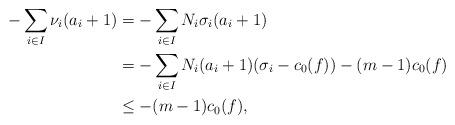
LaTeX: \begin{align*}-\sum_{i\in I}\nu_{i}(a_{i}+1)&=-\sum_{i\in I}N_{i}\sigma_{i}(a_{i}+1)\\&=-\sum_{i\in I}N_{i}(a_{i}+1)(\sigma_{i}-c_0(f))-(m-1)c_0(f)\\&\leq -(m-1)c_0(f),\end{align*}